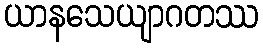
ယာနသေယျာဂတဿ